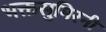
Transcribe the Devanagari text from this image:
भक्तसुमिरनी